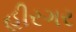
હીરગર